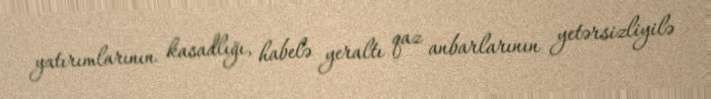
yatırımlarının kasadlığı, habelə yeraltı qaz anbarlarının yetərsizliyilə